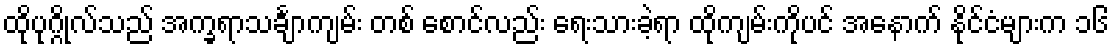
ထိုပုဂ္ဂိုလ်သည် အက္ခရာသင်္ချာကျမ်း တစ် စောင်လည်း ရေးသားခဲ့ရာ ထိုကျမ်းကိုပင် အနောက် နိုင်ငံများက ၁၆